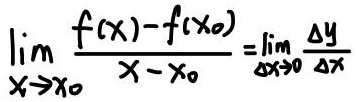
\[ \lim_{x \to x_0} \frac{f(x) - f(x_0)}{x - x_0} = \lim_{\Delta x \to 0} \frac{\Delta y}{\Delta x} \]